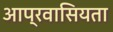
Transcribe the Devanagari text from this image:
आप्रवासियता